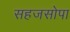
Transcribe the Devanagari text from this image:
सहजसोपा